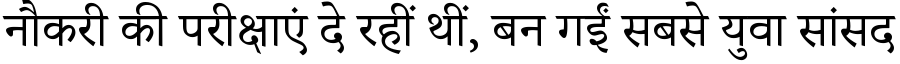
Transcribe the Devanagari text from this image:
नौकरी की परीक्षाएं दे रहीं थीं, बन गईं सबसे युवा सांसद